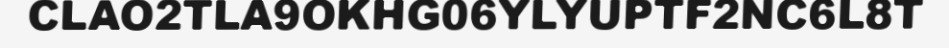
CLAO2TLA9OKHG06YLYUPTF2NC6L8T